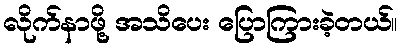
လိုက်နာဖို့ အသိပေး ပြောကြားခဲ့တယ်။